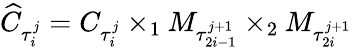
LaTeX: \widehat{C}_{\tau_{i}^{j}}=C_{\tau_{i}^{j}}\times_{1}M_{\tau_{2i-1}^{j+1}}\times_{2}M_{\tau_{2i}^{j+1}}